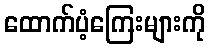
ထောက်ပံ့ကြေးများကို